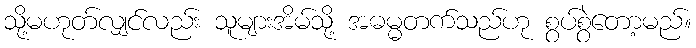
သို့မဟုတ်လျှင်လည်း သူများအိမ်သို့ အဓမ္မတက်သည်ဟု စွပ်စွဲတော့မည်။